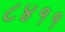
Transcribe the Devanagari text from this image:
८४११